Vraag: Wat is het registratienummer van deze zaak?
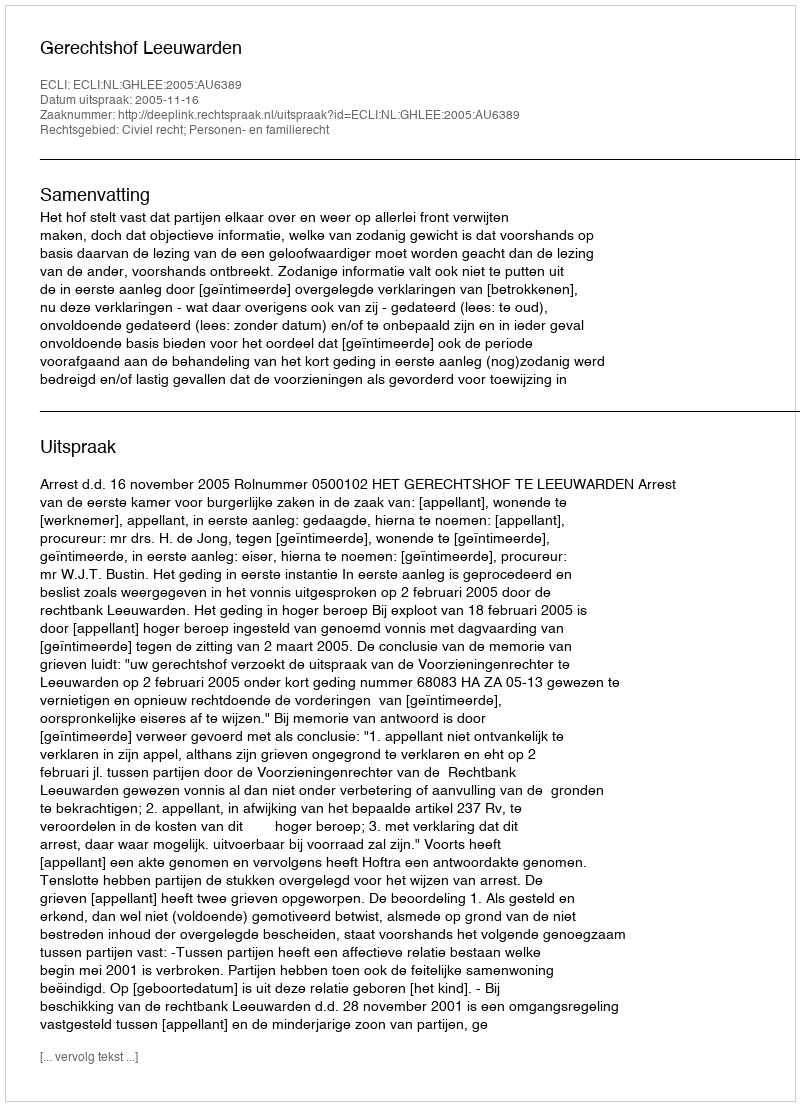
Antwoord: http://deeplink.rechtspraak.nl/uitspraak?id=ECLI:NL:GHLEE:2005:AU6389